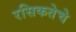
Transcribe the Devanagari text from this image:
रसिकतेचे